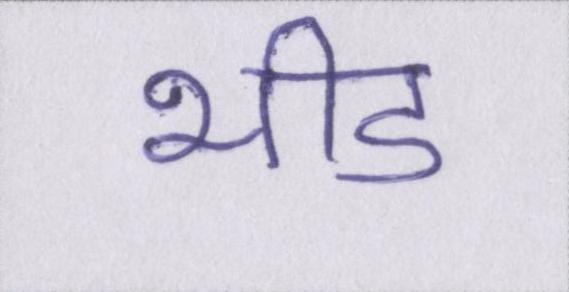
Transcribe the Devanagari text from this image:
भीड